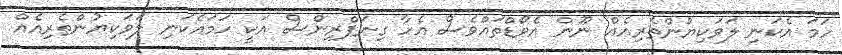
ހަމަ އެކަނި ލަވަކިޔުންތެރިއެއް ނޫން އެވޯޑްތައްވެސް އެހާ ގިނަޕްރިންސް އަކީ ހަމައެކަނި ލަވަކިޔުންތެރިއެއް